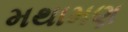
મથામણ